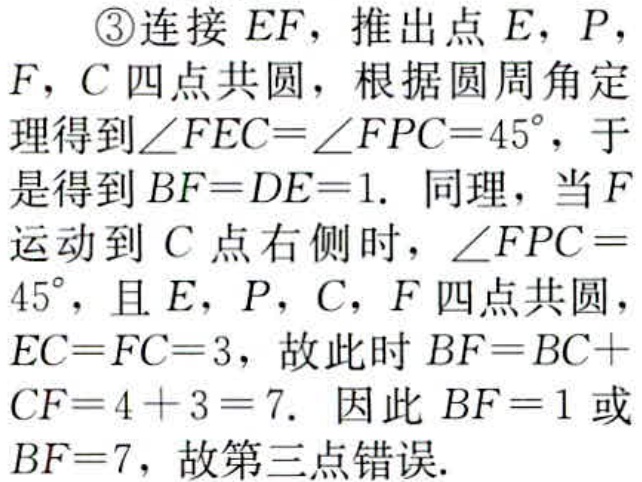
\textcircled{3}连接 \(EF\)，推出点 \(E\)，\(P\)，\(F\)，\(C\) 四点共圆，根据圆周角定理得到\(\angle FEC = \angle FPC = 45^{\circ}\)，于是得到 \(BF = DE = 1\). 同理，当 \(F\) 运动到 \(C\) 点右侧时，\(\angle FPC = 45^{\circ}\)，且 \(E\)，\(P\)，\(C\)，\(F\) 四点共圆，\(EC = FC = 3\)，故此时 \(BF = BC + CF = 4 + 3 = 7\). 因此 \(BF = 1\) 或 \(BF = 7\)，故第三点错误.